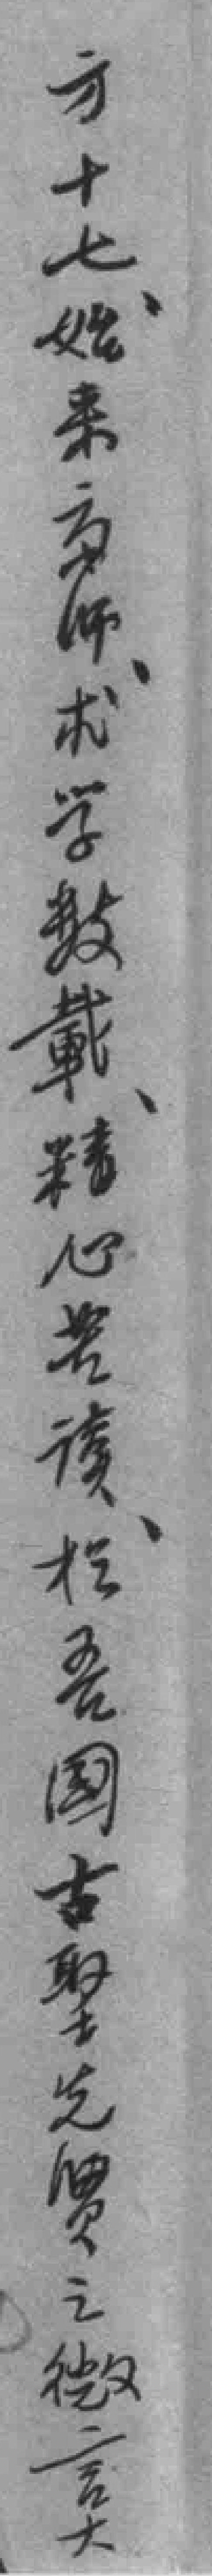
方十七始来京师求学數載精心苦读於吾國古聖先贤之微言大